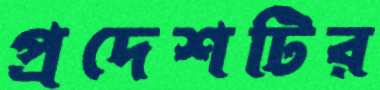
প্রদেশটির